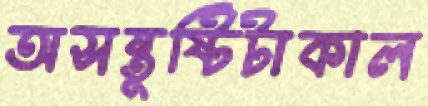
অসন্তুষ্টিটাকাল